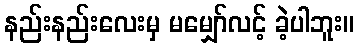
နည်းနည်းလေးမှ မမျှော်လင့် ခဲ့ပါဘူး။